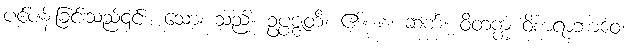
ပင်ပန်းခြင်းသည်၎င်း။ သော၊ သည်။ ဥပ္ပဇ္ဇတိ၊ ၏။ စ၊ ဆက်။ ဝိတက္က ဝိစာရာဘာဝေ၊